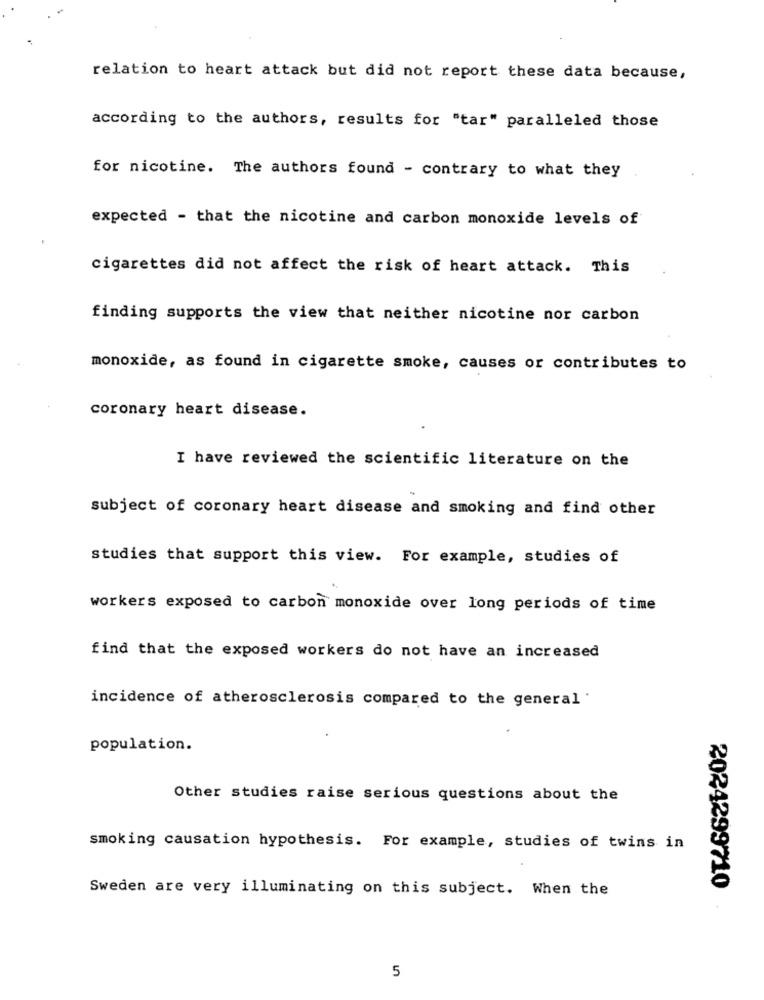
relation to heart attack but did not report these data because,
according to the authors, results for "tar" paralleled those
for nicotine. The authors found - contrary to what they
expected - that the nicotine and carbon monoxide levels of
cigarettes did not affect the risk of heart attack. This
finding supports the view that neither nicotine nor carbon
monoxide, as found in cigarette smoke, causes or contributes to
coronary heart disease.
I have reviewed the scientific literature on the
subject of coronary heart disease and smoking and find other
studies that support this view. For example, studies of
workers exposed to carbon monoxide over long periods of time
find that the exposed workers do not have an increased
incidence of atherosclerosis compared to the general.
population.
Other studies raise serious questions about the
smoking causation hypothesis. For example, studies of twins in
Sweden are very illuminating on this subject. When the
2024299710
5